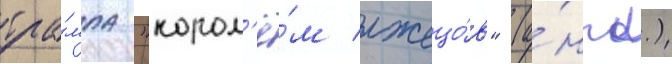
тра́мпа "корол'ё́м лжецо́в" (а́нгл.)